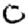
Digit: 0